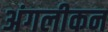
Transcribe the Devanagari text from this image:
अंगलीकन